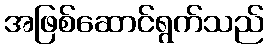
အဖြစ်ဆောင်ရွက်သည်